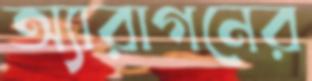
অ্যারাগনের